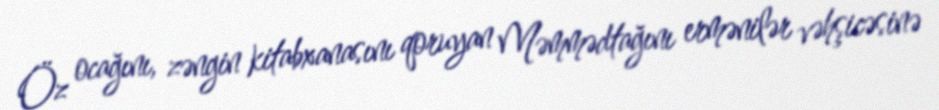
Öz ocağını, zəngin kitabxanasını qoruyan Məmmədtağını ermənilər vəhşicəsinə